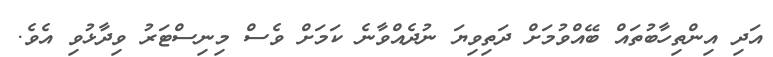
އަދި އިންތިހާބުތައް ބޭއްވުމަށް ދަތިވިޔަ ނުދެއްވާނެ ކަމަށް ވެސް މިނިސްޓަރު ވިދާޅުވި އެވެ.